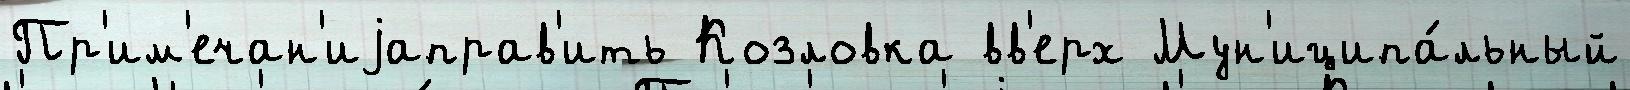
Пр'им'ечан'иjаправ'ить Козловка вв'ерх Мун'иципа́льный